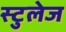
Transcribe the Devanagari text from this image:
स्टुलेज